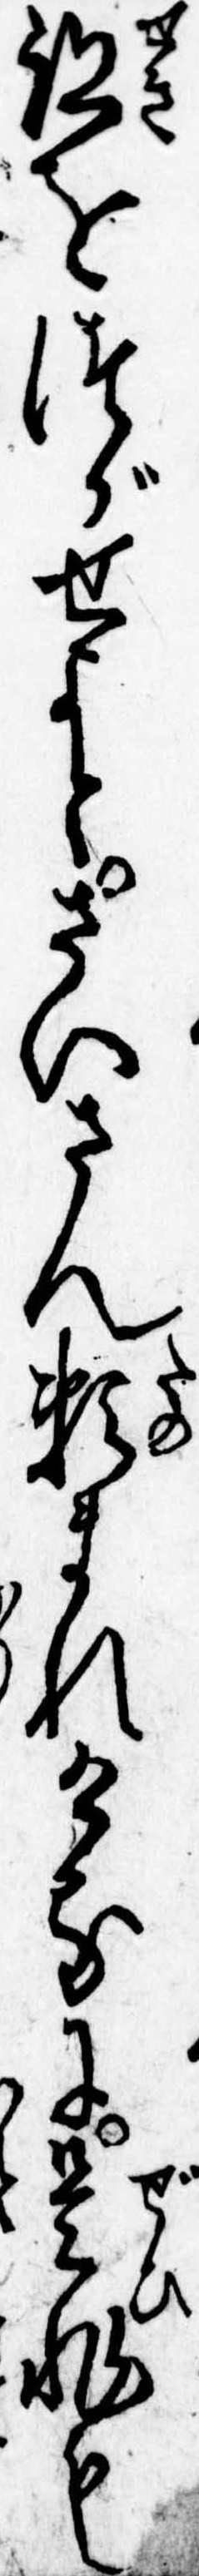
跡をつがせよとさいさん頼まれけるに是非も